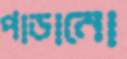
পাডানো